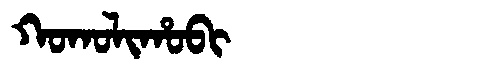
Manchu: ᡴᠣᡴᠣᠯᡳᡥᠣᠪᡳ
Romanization: KOKOLIHOBI